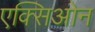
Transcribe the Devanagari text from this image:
एक्सिओन